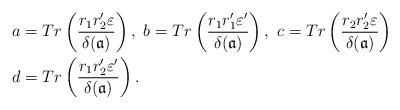
LaTeX: \begin{align*}a&=Tr\left(\frac{r_1 r_2'\varepsilon}{\delta(\mathfrak{a})}\right),~b=Tr\left(\frac{r_1 r_1'\varepsilon'}{\delta(\mathfrak{a})}\right),~c=Tr\left(\frac{r_2 r_2'\varepsilon}{\delta(\mathfrak{a})}\right) \\d&=Tr\left(\frac{r_1 r_2'\varepsilon'}{\delta(\mathfrak{a})}\right).\end{align*}